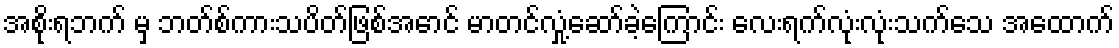
အစိုးရဘက် မှ ဘတ်စ်ကားသပိတ်ဖြစ်အောင် မာတင်လှုံ့ဆော်ခဲ့ကြောင်း လေးရက်လုံးလုံးသက်သေ အထောက်